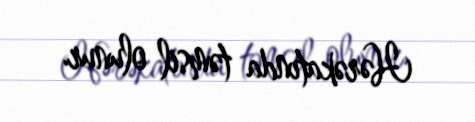
Hərəkatında təmsil olunur.